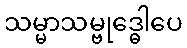
သမ္မာသမ္ဗုဒ္ဓေါပေ